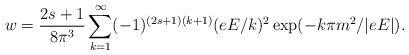
\begin{align*}w={2s+1\over 8\pi^3} \sum_{k=1}^\infty (-1)^{(2s+1)(k+1)}(eE/ k)^2\exp(-k\pi m^2/|eE|).\end{align*}